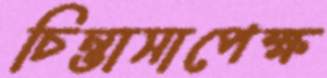
চিন্তাসাপেক্ষ